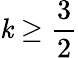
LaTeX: \mathit{k}\geq\frac{{3}}{{2}}